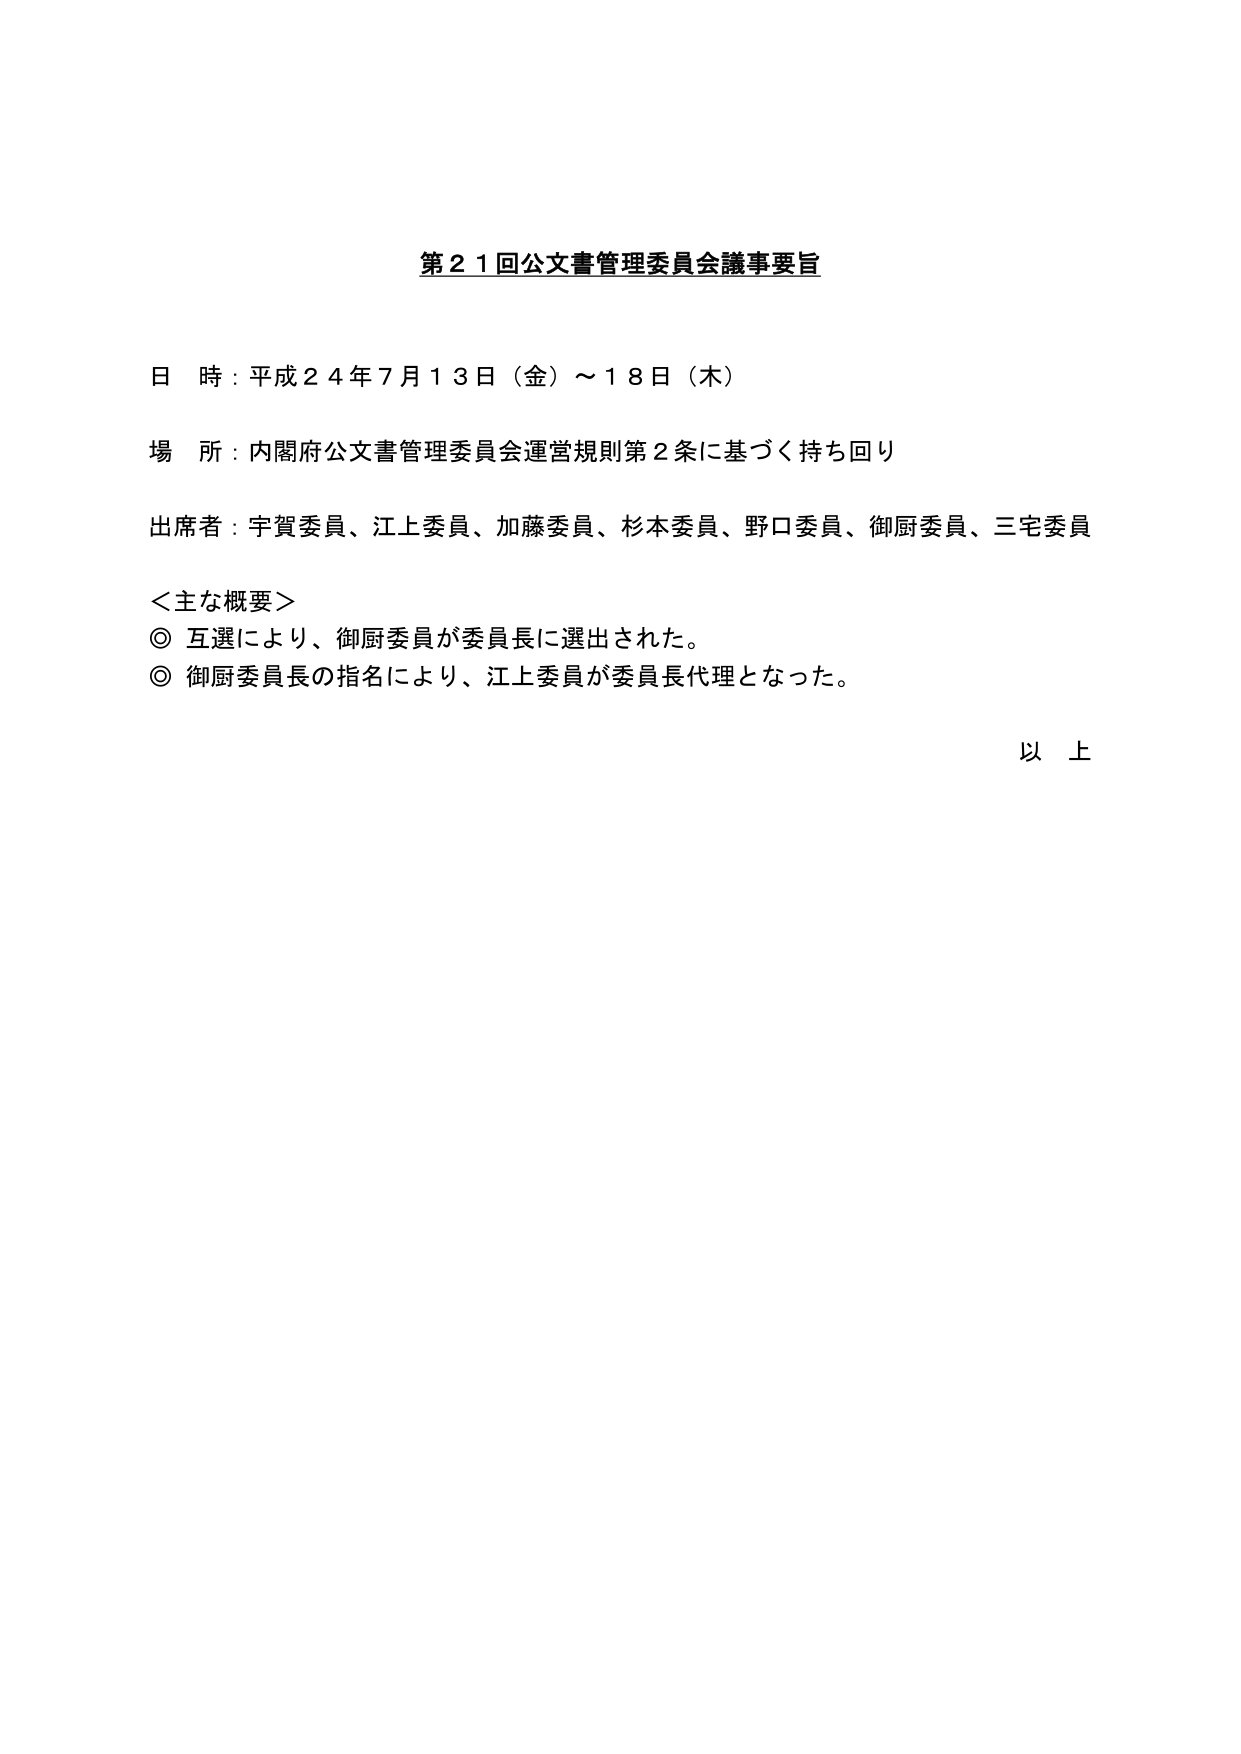
第２１回公文書管理委員会議事要旨

日 時：平成２４年７月１３日（金）～１８日（木）

場 所：内閣府公文書管理委員会運営規則第２条に基づく持ち回り

出席者：宇賀委員、江上委員、加藤委員、杉本委員、野口委員、御厨委員、三宅委員

＜主な概要＞
◎ 互選により、御厨委員が委員長に選出された。
◎ 御厨委員長の指名により、江上委員が委員長代理となった。

以 上